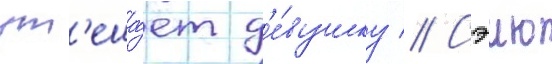
ут'еша́ет д'е́вушку // Сэию